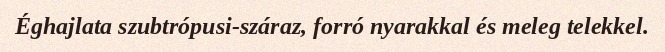
Éghajlata szubtrópusi-száraz, forró nyarakkal és meleg telekkel.